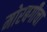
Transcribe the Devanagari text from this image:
मोरबगीचा